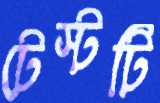
টেস্টটি